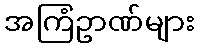
အကြံဥာဏ်များ